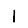
Digit: 1